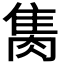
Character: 𨿇